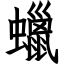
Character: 蠟